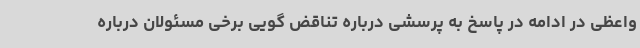
واعظی در ادامه در پاسخ به پرسشی درباره تناقض گویی برخی مسئولان درباره